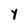
Character: Y